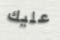
عليك